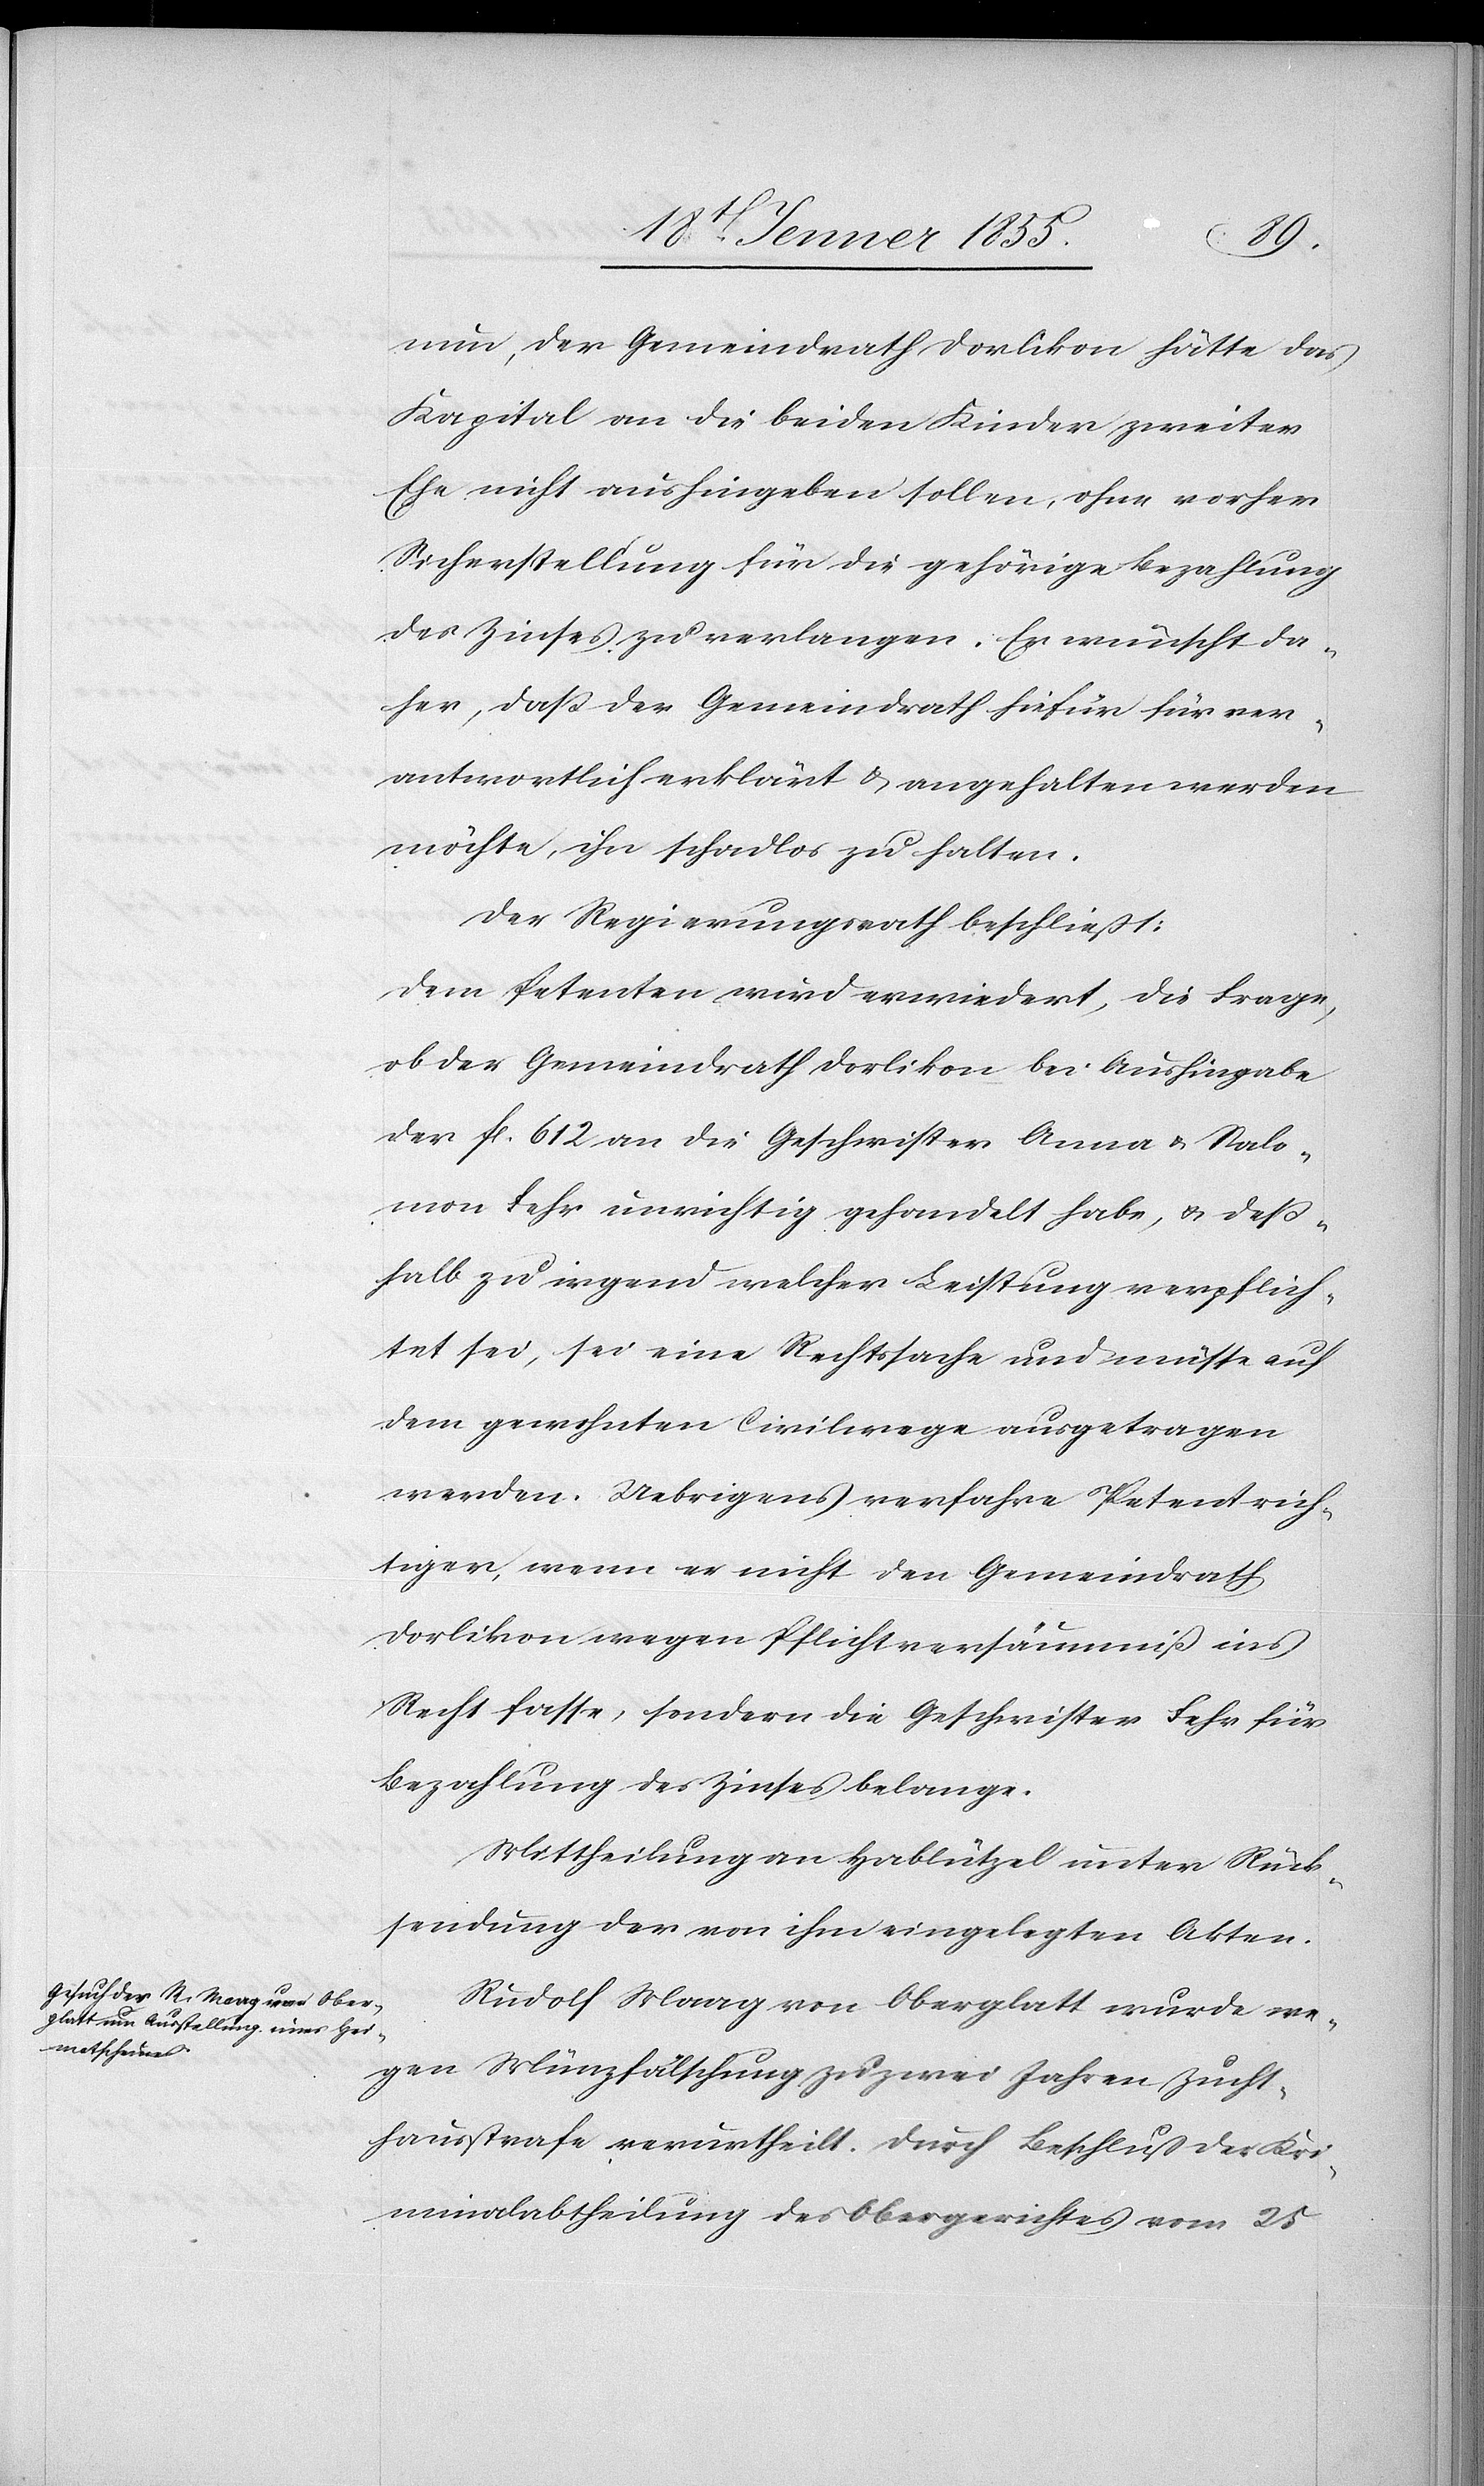
nun, der Gemeindrath Dorlikon hätte das
Kapital an die beiden Kinder zweiter
Ehe nicht aushingeben sollen, ohne vorher
Sicherstellung für die gehörige Bezahlung
des Zinses zu verlangen. Er wünscht da¬
her, daß der Gemeindrath hiefür für ver¬
antwortlich erklärt & angehalten werden
möchte, ihn schadlos zu halten.
Der Regierungsrath beschliesst:
Dem Petenten wird erwiedert, die Frage,
ob der Gemeindrath Dorlikon bei Aushingabe
der fl. 612 an die Geschwister Anna & Salo¬
mon Fehr unrichtig gehandelt habe, & deß¬
halb zu irgend welcher Leistung verpflich¬
tet sei, sei eine Rechtssache und müsse auf
dem gewohnten Civilwege ausgetragen
werden. Uebrigens verfahre Petent rich¬
tiger, wenn er nicht den Gemeindrath
Dorlikon wegen Pflichtversäumniß ins
Recht fasse, sondern die Geschwister Fehr für
Bezahlung des Zinses belange.
Mittheilung an Hablützel unter Rück¬
sendung der von ihm eingelegten Akten.
Rudolf Maag von Oberglatt wurde we¬
gen Münzfälschung zu zwei Jahren Zucht¬
hausstrafe verurtheilt. Durch Beschluss der Kri¬
minalabtheilung des Obergerichtes vom 25